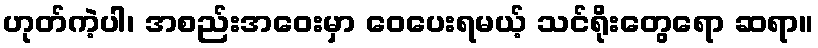
ဟုတ်ကဲ့ပါ၊ အစည်းအဝေးမှာ ဝေပေးရမယ့် သင်ရိုးတွေရော ဆရာ။